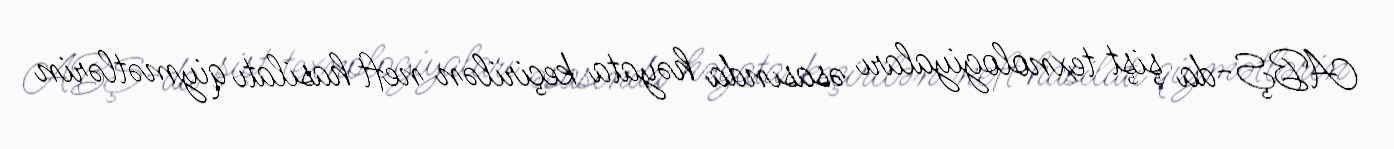
ABŞ-da şişt texnologiyaları əsasında həyata keçirilən neft hasilatı qiymətlərin